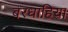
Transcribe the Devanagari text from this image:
बरधाहिया